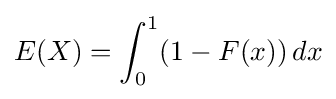
E(X)=\int _{0}^{1}(1-F(x))\,dx